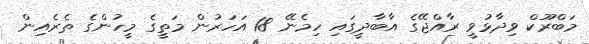
މަބްރޫކް ވިދާޅުވީ ރާއްޖޭގެ އާބާދީގައި ހިމެނޭ 18 އަހަރުން މަތީގެ މީހުންގެ ތެރެއިން